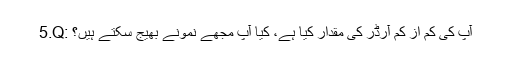
5.Q: آپ کی کم از کم آرڈر کی مقدار کیا ہے، کیا آپ مجھے نمونے بھیج سکتے ہیں؟